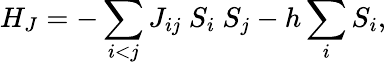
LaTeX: H_{J}=-\sum_{i<j}J_{ij}\ S_{i}\ S_{j}-h\sum_{i}S_{i},